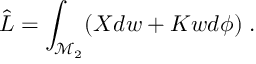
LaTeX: \hat { L } = \int _ { \mathcal { M } _ { 2 } } ( X d w + K w d \phi ) \; .